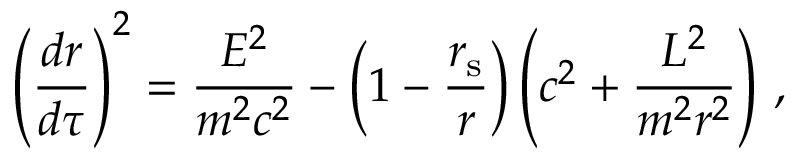
{ \left( { \frac { d r } { d \tau } } \right) } ^ { 2 } = { \frac { E ^ { 2 } } { m ^ { 2 } c ^ { 2 } } } - \left( 1 - { \frac { r _ { \mathrm { { s } } } } { r } } \right) \left( c ^ { 2 } + { \frac { L ^ { 2 } } { m ^ { 2 } r ^ { 2 } } } \right) \, ,